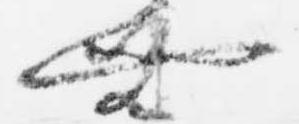
無